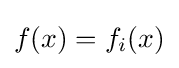
f(x)=f_{i}(x)